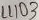
Text: LL103